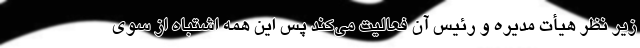
زیر نظر هیأت مدیره و رئیس آن فعالیت می‌کند پس این همه اشتباه از سوی